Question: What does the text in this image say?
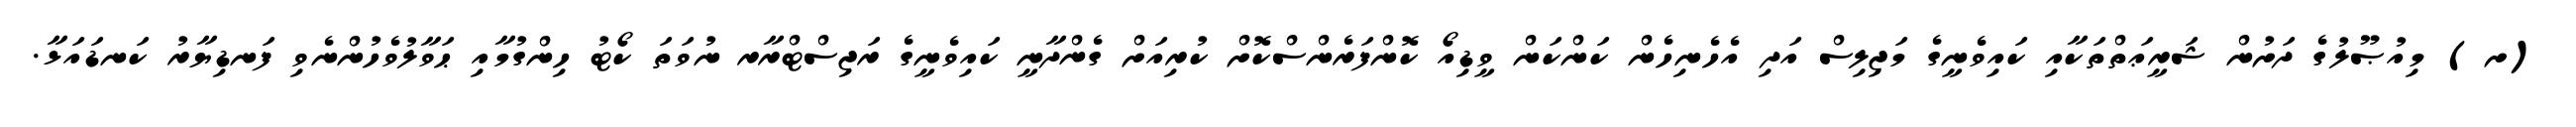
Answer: (ށ) މިއުޞޫލުގެ ދަށުން ޝަރީޢަތްތަކާއި ކައިވެނީގެ މަޖިލިސް އަދި އެހެނިހެން ކަންކަން ވީޑިއޯ ކޮންފަރެންސްކޮށް ކުރިއަށް ގެންދާނީ ކައިވެނީގެ ރަޖިސްޓްރާރ ނުވަތަ ކޯޓު ހިންގުމާއި ޙަވާލުވެހުންނެވި ފަނޑިޔާރު ކަނޑައަޅާ.